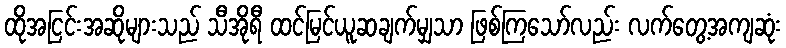
ထိုအငြင်းအဆိုများသည် သီအိုရီ ထင်မြင်ယူဆချက်မျှသာ ဖြစ်ကြသော်လည်း လက်တွေ့အကျဆုံး